Leaving Certificate Examination, 1904
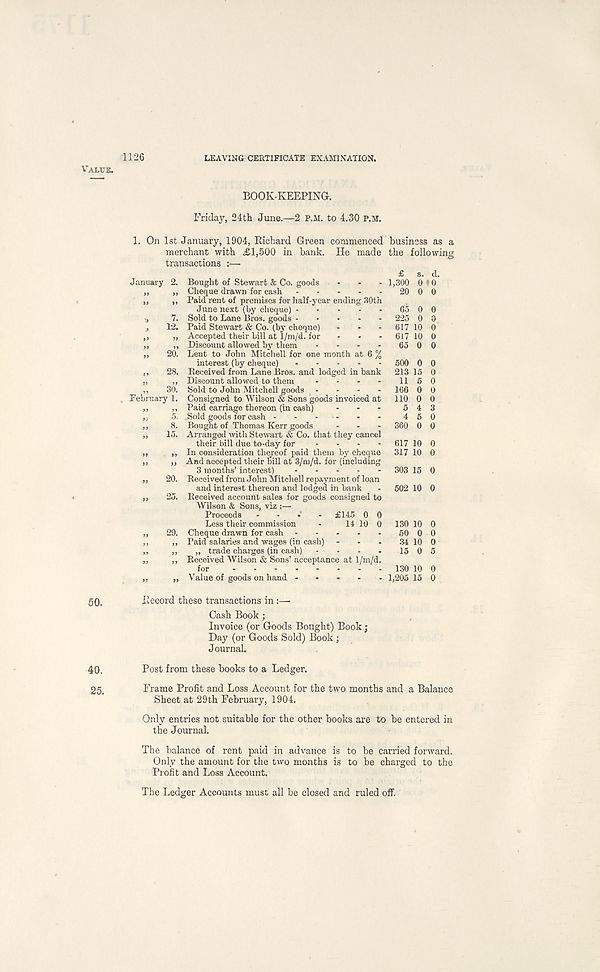
Value.
50.
40.
25.
1126
LEAVING CERTIFICATE EXAMINATION.
BOOK-KEEPING.
Friday, 24th June.—2 P.H. to 4.30 P.M.
1. On 1st January, 1904, Richard Green commenced
merchant with £1,500 in bank. He made
transactions :—■
January 2. Bought of Stewart & Co. goods
„ „ Cheque drawn for cash
„ „ Paid rent of premises for half-year ending 80th
June next (by cheque)
i, 7. Sold to Lane Bros, goods
, 12. Paid Stewart & Co. (by cheque) ...
,, „ Accepted their bill at 1/m/d. for - - -
„ „ Discount allowed by them ....
,, 20. Lent to John Mitchell for one month at 6 %
interest (by cheque)
,, 28. Received from Lane Bros, and lodged in bank
„ ,, Discount allowed to them ....
,, 30. Sold to John Mitchell goods -
February 1. Consigned to Wilson & Sons goods invoiced at
,, ,, Paid carriage thereon (in cash) ...
„ 5. .Sold goods for cash - - - - -
,, 8. Bought of Thomas Kerr goods
„ 15. Arranged with Stewart & Co. that they cancel
their bill due to-day for ....
„ »> In consideration thereof paid them by cheque
,, ,, And accepted their bill at 3/m/d. for (including
3 months’ interest)
„ 20. Received from John Mitchell repayment of loan
and interest thereon and lodged in bank
„ 25. Received account sales for goods consigned to
Wilson & Sons, viz :—
Proceeds .... £145 0 0
Less their commission • 14 10 0
,, 29. Cheque drawn for cash ....
,, ,, Paid salaries and wages (in cash)
„ ,, „ trade charges (in cash)
,, ,, Received Wilson & Sons’acceptance at 1/m/d
business as a
the following
for
Value of goods on hand -
617 10 0
317 10 0
130 10 0
50 0 0
34 10 0
15 0 5
Record these transactions in :—
Cash Book ;
Invoice (or Goods Bought) Book;
Day (or Goods Sold) Book ;
Journal.
Post from these books to a Ledger.
Frame Profit and Loss Account for the two months and a Balance
Sheet at 29th February, 1904.
Only entries not suitable for the other books are to be entered in
the Journal.
The balance of rent paid in advance is to be carried forward.
Only the amount for the two months is to be charged to the
Profit and Loss Account.
The Ledger Accounts must all be closed and ruled off.